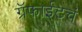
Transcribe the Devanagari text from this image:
ग्रॅफाईटचं